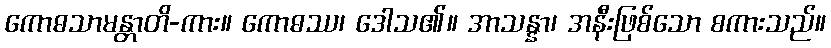
ကောဓသာမန္တာတိ-ကား။ ကောဓဿ၊ ဒေါသ၏။ အာသန္နာ၊ အနီးဖြစ်သော စကားသည်။